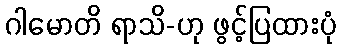
ဂါမောတိ ရာသိ-ဟု ဖွင့်ပြထားပုံ